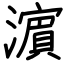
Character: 濵